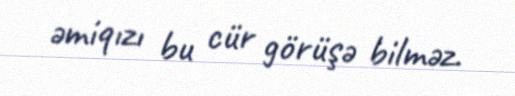
əmiqızı bu cür görüşə bilməz.